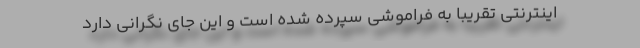
اینترنتی تقریباً به فراموشی سپرده ‌شده‌ است و این جای نگرانی دارد